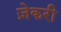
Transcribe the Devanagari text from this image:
ज़ेकरी